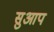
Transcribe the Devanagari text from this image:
सुआप